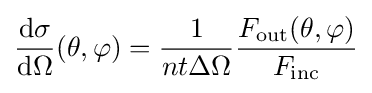
{\frac {\mathrm {d} \sigma }{\mathrm {d} \Omega }}(\theta ,\varphi )={\frac {1}{nt\Delta \Omega }}{\frac {F_{\text{out}}(\theta ,\varphi )}{F_{\text{inc}}}}